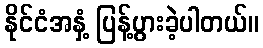
နိုင်ငံအနှံ့ ပြန့်ပွားခဲ့ပါတယ်။